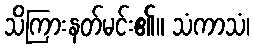
သိကြားနတ်မင်း၏။ သံကာသံ၊